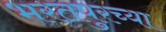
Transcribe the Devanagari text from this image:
भरतपुरच्या